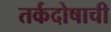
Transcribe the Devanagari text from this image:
तर्कदोषाची